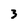
Character: 3